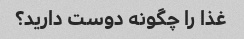
غذا را چگونه دوست دارید؟